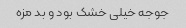
جوجه خیلى خشک بود و بد مزه